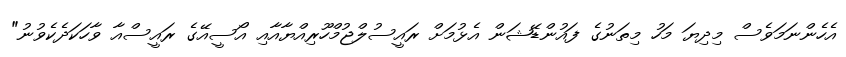
އެހެންނަމަވެސް މިދިޔަ މަހު މިތަނުގެ ފައުންޑޭޝަން އެޅުމަށް ރައީސުލްޖުމްހޫރިއްޔާއާއި އޯސީއޭގެ ރައީސްއާ ވާހަކަދެކެވުނު"